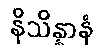
နိသိန္နာနံ